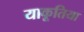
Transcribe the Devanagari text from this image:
याकूतिया